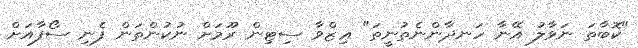
"ކޮބާތަ ނަވާލު އޭނާ ހަނދާންނެތުނީތަ" ޢިޒްވާ ސިޓިން ރޫމަށް ނުކުންތަން ފެނި ސޯފާއަށް